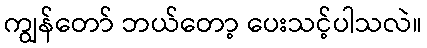
ကျွန်တော် ဘယ်တော့ ပေးသင့်ပါသလဲ။